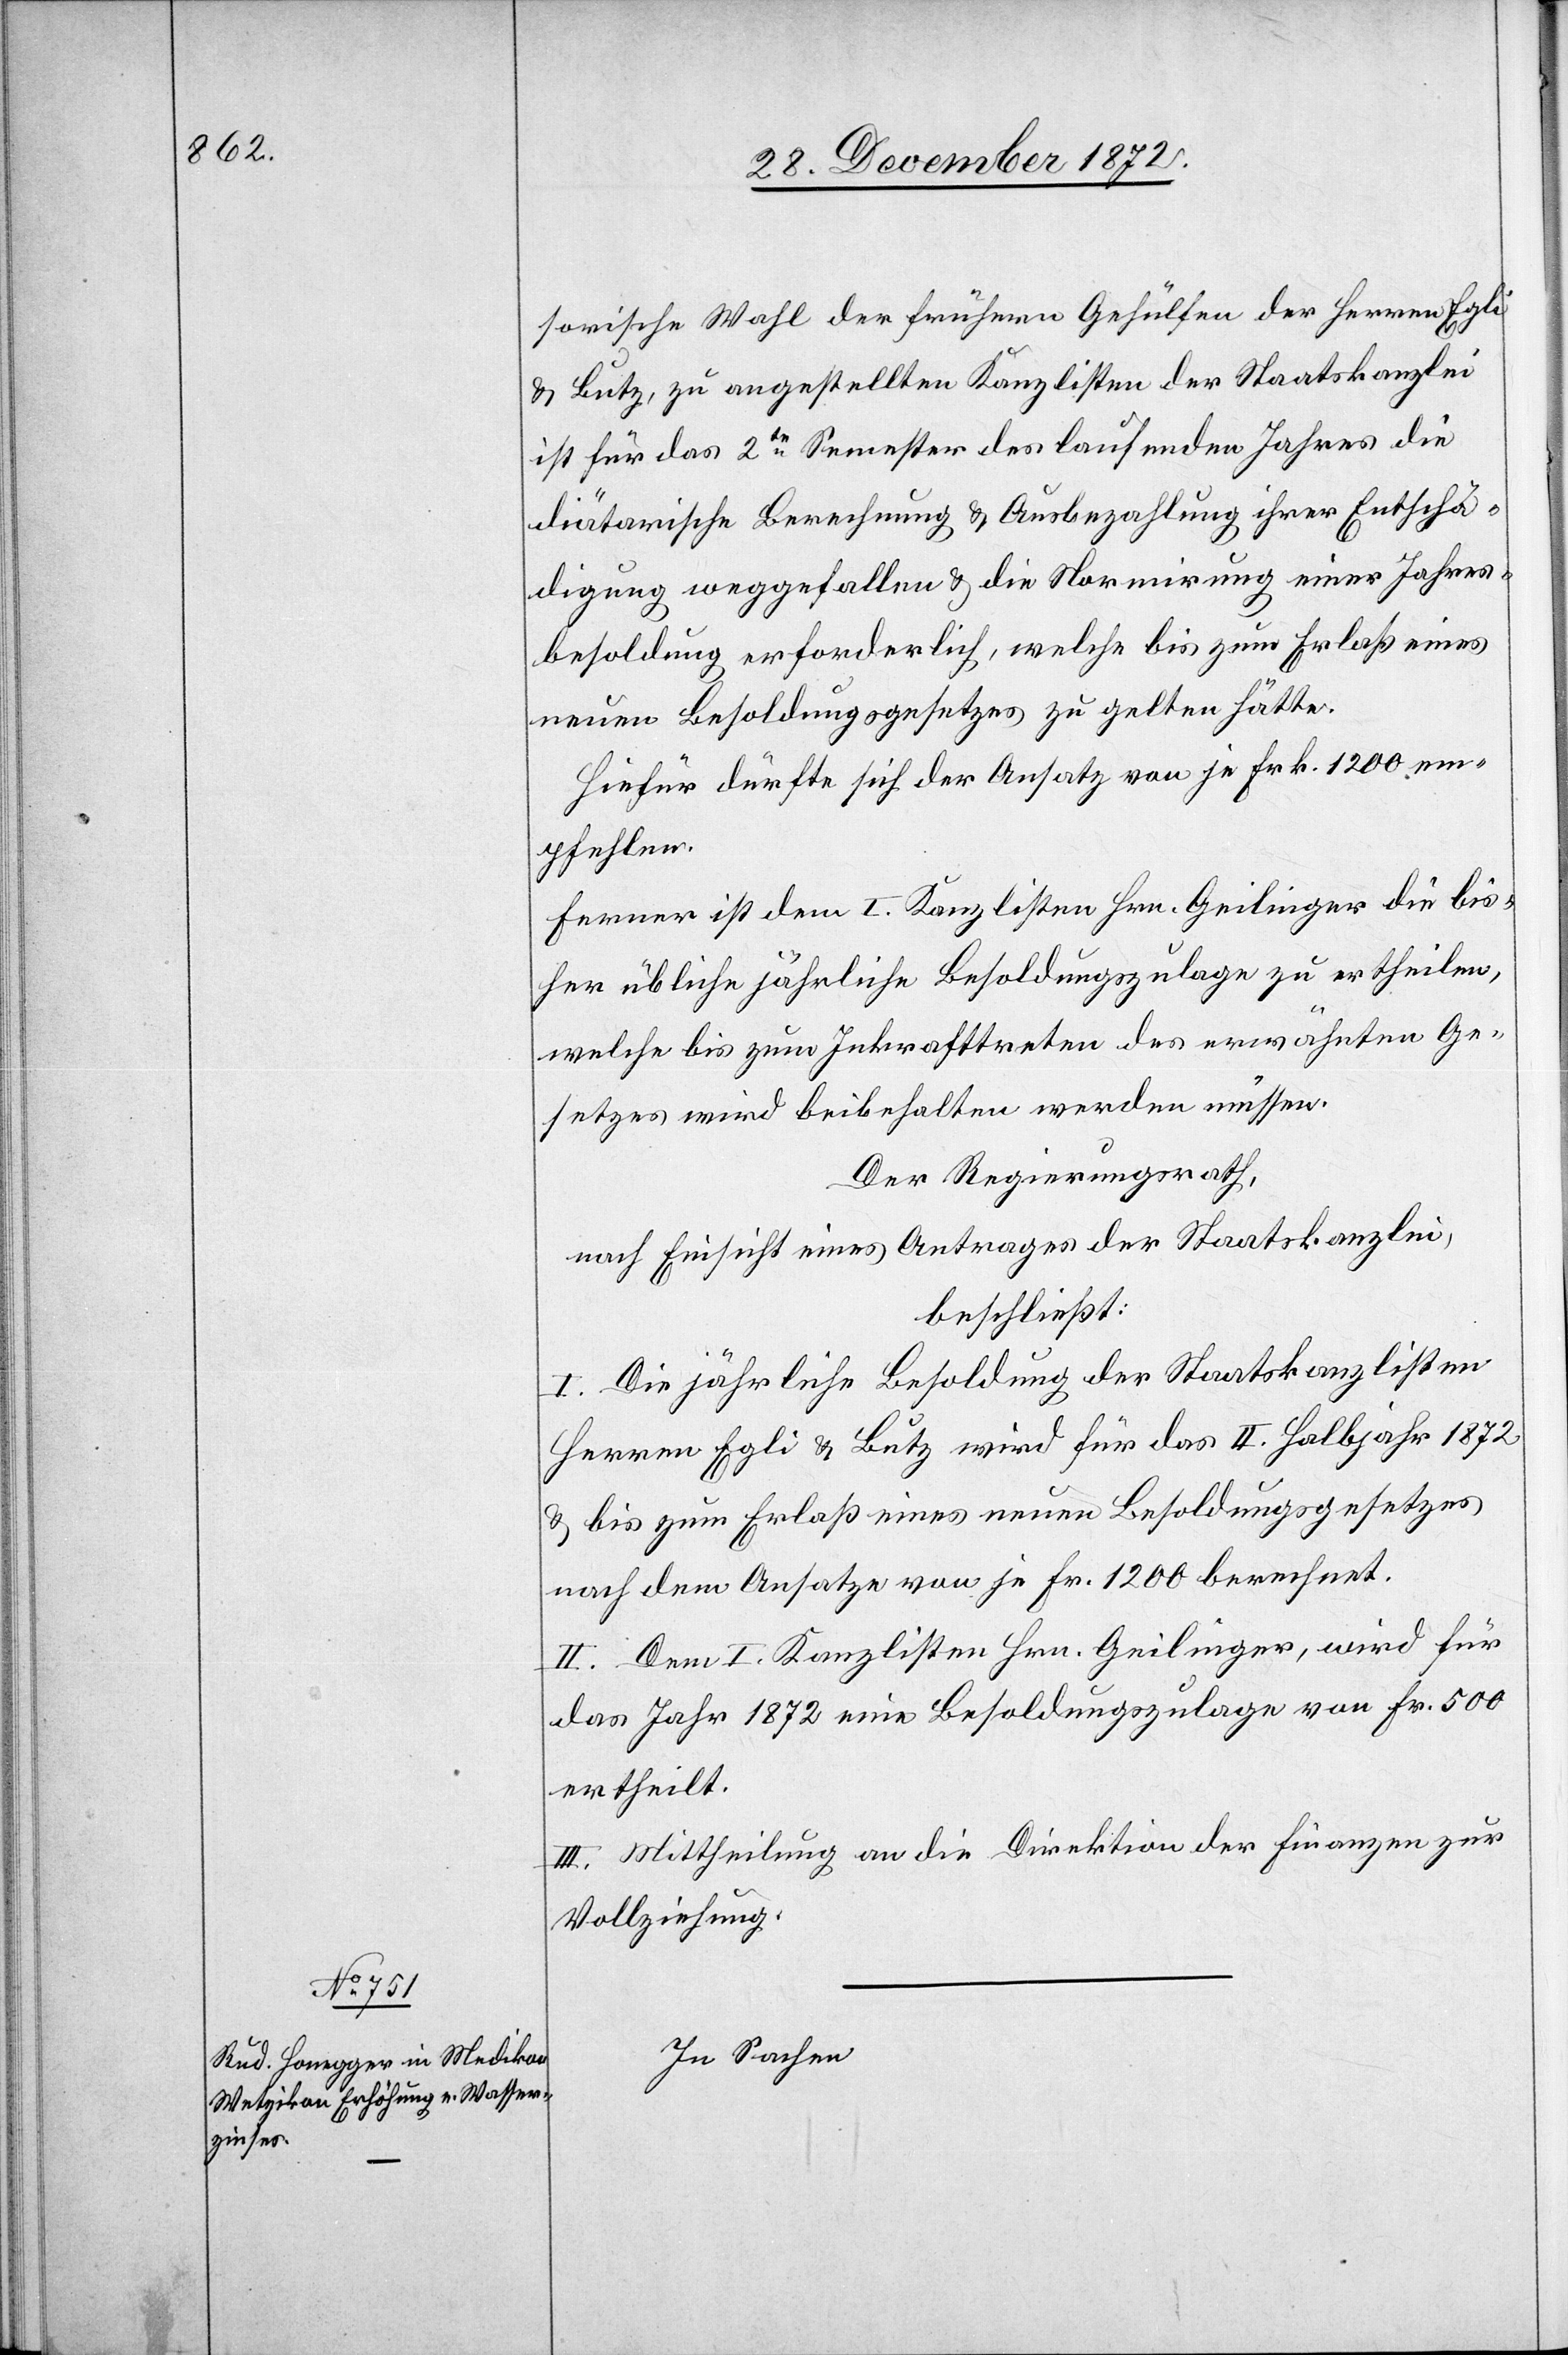
sorische Wahl der frühern Gehülfen der Herren Egli
u. Butz, zu angestellten Kanzlisten der Staatskanzlei
ist für das 2te Semester des laufenden Jahres die
diätarische Berechnung u. Ausbezahlung ihrer Entschä¬
digung weggefallen u. die Normirung einer Jahres¬
besoldung erforderlich, welche bis zum Erlaß eines
neuen Besoldungsgesetzes zu gelten hätte.
Hiefür dürfte sich der Ansatz von je Frk. 1200 em¬
pfehlen.
Ferner ist dem I. Kanzlisten Hrn. Geilinger die bis¬
her übliche jährliche Besoldungszulage zu ertheilen,
welche bis zum Inkrafttreten des erwähnten Ge¬
setzes wird beibehalten werden müssen.
Der Regierungsrath,
nach Einsicht eines Antrages der Staatskanzlei,
beschließt:
I. Die jährliche Besoldung der Staatskanzlisten
Herren Egli u. Butz wird für das II. Halbjahr 1872
u. bis zum Erlaß eines neuen Besoldungsgesetzes
nach dem Ansatze von je Fr. 1200 berechnet.
II. Dem I. Kanzlisten Hrn. Geilinger, wird für
das Jahr 1872 eine Besoldungszulage von Fr. 500
ertheilt.
III. Mittheilung an die Direktion der Finanzen zur
Vollziehung.
In Sachen